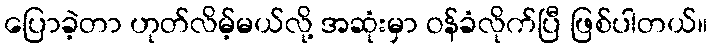
ပြောခဲ့တာ ဟုတ်လိမ့်မယ်လို့ အဆုံးမှာ ဝန်ခံလိုက်ပြီ ဖြစ်ပါတယ်။